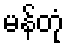
မန်တုံ